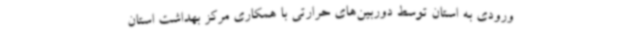
ورودی به استان توسط دوربین‌های حرارتی با همکاری مرکز بهداشت استان